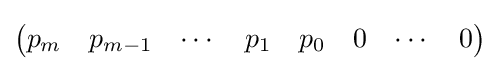
{\begin{pmatrix}p_{m}&p_{m-1}&\cdots &p_{1}&p_{0}&0&\cdots &0\end{pmatrix}}